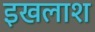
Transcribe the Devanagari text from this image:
इखलाश